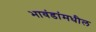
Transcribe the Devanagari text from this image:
भावंडांमधील